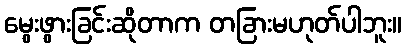
မွေးဖွားခြင်းဆိုတာက တခြားမဟုတ်ပါဘူး။